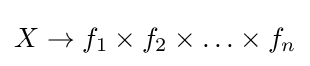
X\rightarrow f_{1}\times f_{2}\times \ldots \times f_{n}